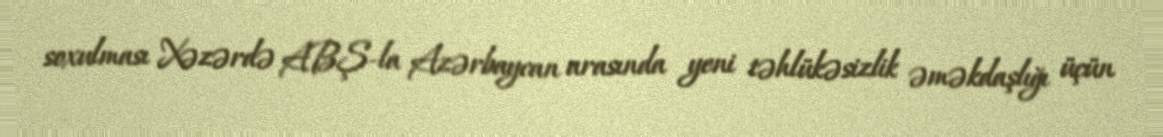
soxulması Xəzərdə ABŞ-la Azərbaycan arasında yeni təhlükəsizlik əməkdaşlığı üçün